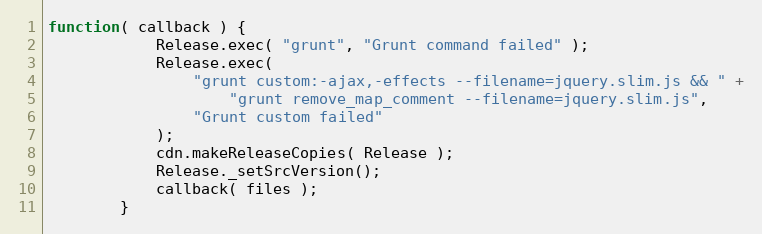
Language: JavaScript
function( callback ) {
			Release.exec( "grunt", "Grunt command failed" );
			Release.exec(
				"grunt custom:-ajax,-effects --filename=jquery.slim.js && " +
					"grunt remove_map_comment --filename=jquery.slim.js",
				"Grunt custom failed"
			);
			cdn.makeReleaseCopies( Release );
			Release._setSrcVersion();
			callback( files );
		}